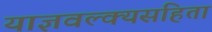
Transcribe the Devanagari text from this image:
याज्ञवल्क्यसंहिता